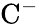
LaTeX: \mathrm{C}^{-}